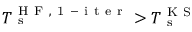
T _ { \mathrm { ~ s ~ } } ^ { \mathrm { ~ H ~ F ~ , ~ 1 ~ - ~ i ~ t ~ e ~ r ~ } } > T _ { \mathrm { ~ s ~ } } ^ { \mathrm { ~ K ~ S ~ } }